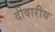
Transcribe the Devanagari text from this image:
दीवारीय